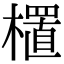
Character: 㯰